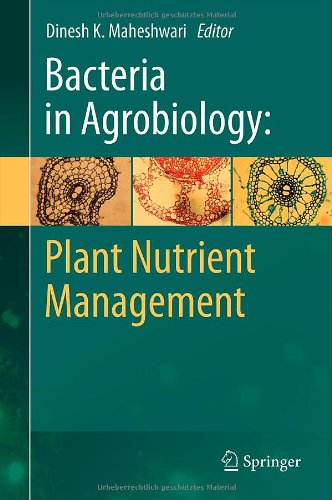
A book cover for Bacteria in Agrobiology: Plant Nutrient Management; Medical Books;